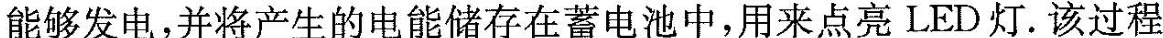
能够发电，并将产生的电能储存在蓄电池中，用来点亮LED灯。该过程